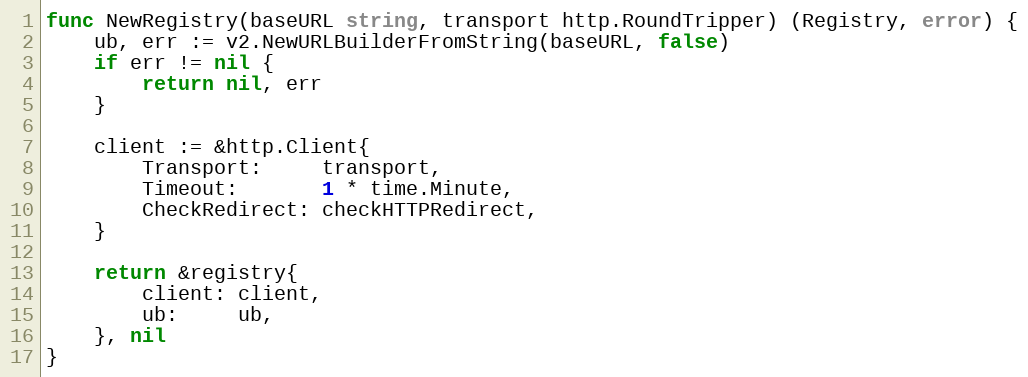
Language: Go
func NewRegistry(baseURL string, transport http.RoundTripper) (Registry, error) {
	ub, err := v2.NewURLBuilderFromString(baseURL, false)
	if err != nil {
		return nil, err
	}

	client := &http.Client{
		Transport:     transport,
		Timeout:       1 * time.Minute,
		CheckRedirect: checkHTTPRedirect,
	}

	return &registry{
		client: client,
		ub:     ub,
	}, nil
}